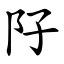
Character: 䦻